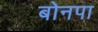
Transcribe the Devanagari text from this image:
बोनपा